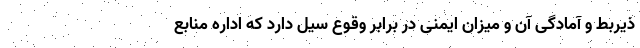
ذیربط و آمادگی آن و میزان ایمنی در برابر وقوع سیل دارد که اداره منابع